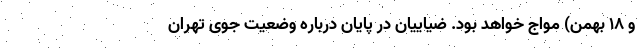
و ۱۸ بهمن) مواج خواهد بود. ضیاییان در پایان درباره وضعیت جوی تهران